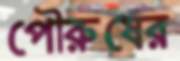
পৌরুষের